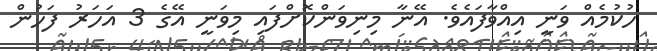
ހުކުމެއް ވަނީ އިއްވާފައެވެ. އޭނާ މިނިވަންކޮށްފައި މިވަނީ އޭގެ 3 އަހަރު ފަހުން